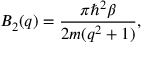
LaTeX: B _ { 2 } ( q ) = \frac { \pi \hbar ^ { 2 } \beta } { 2 m ( q ^ { 2 } + 1 ) } ,